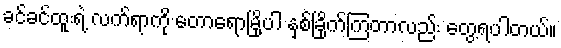
ခင်ခင်ထူးရဲ့ လက်ရာကို တောရောမြို့ပါ နှစ်ခြိုက်ကြတာလည်း တွေ့ရပါတယ်။